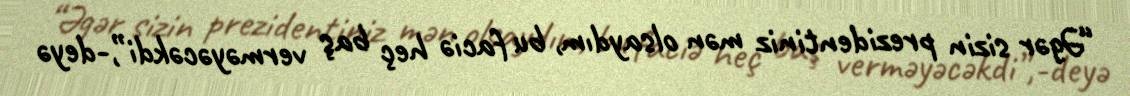
“Əgər sizin prezidentiniz mən olsaydım, bu faciə heç baş verməyəcəkdi”,-deyə